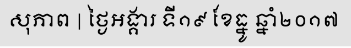
សុភាព | ថ្ងៃអង្គារ ទី១៩ ខែធ្នូ ឆ្នាំ២០១៧